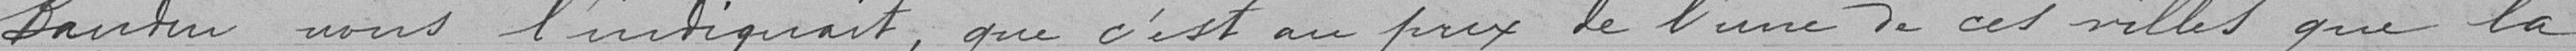
Bantin nous l'indiquait, que c'est au prix de l'une de ces villes que la